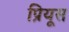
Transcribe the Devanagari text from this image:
प्रियूस